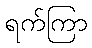
ရက်ကြာ